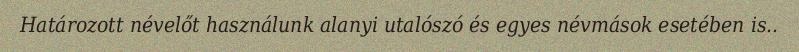
Határozott névelőt használunk alanyi utalószó és egyes névmások esetében is..